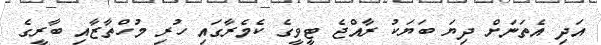
އަދި އެތަނަށް ދިޔަ ބަޔަކު ރާއްޖެ ޓީވީގެ ކެމެރާގައި ހުރި މުހްތާޒާއި ބާރީގެ